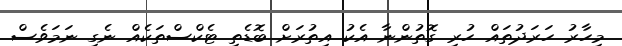
މިހާރު ހަރަދުތައް ހުރި ގޮތުންނާ އެކު އިތުރަށް ބޮޑެތި ޓެކްސްތަކެއް ނެގި ނަމަވެސް